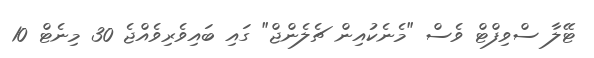
ޓޭލާ ސްވިފްޓް ވެސް "މެނެކުއިން ޗެލެންޖް" ގައި ބައިވެރިވެއްޖެ 30 މިނެޓް 10